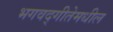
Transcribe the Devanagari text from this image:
भगवद्‍गीतेमधील